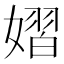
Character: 𪦞